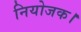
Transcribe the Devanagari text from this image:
नियोजक।